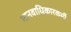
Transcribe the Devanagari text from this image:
मानवाधिकारकर्मी